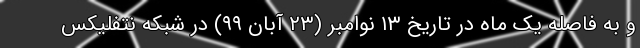
و به فاصله یک ماه در تاریخ ۱۳ نوامبر (۲۳ آبان ۹۹) در شبکه نتفلیکس